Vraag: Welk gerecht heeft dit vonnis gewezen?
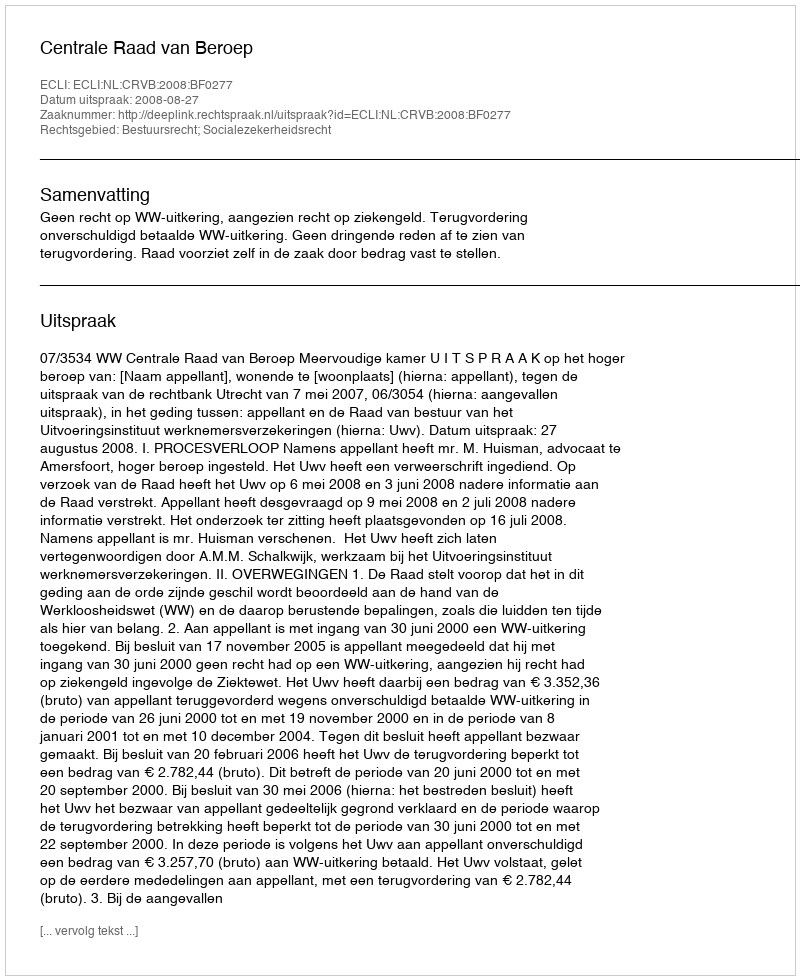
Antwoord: Centrale Raad van Beroep